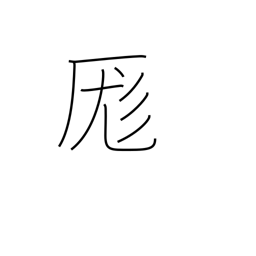
Meaning: mix